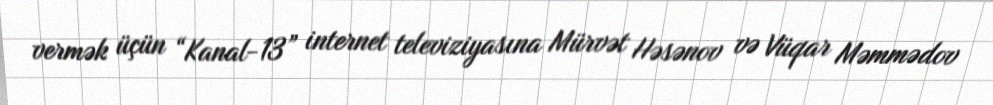
vermək üçün “Kanal-13” internet televiziyasına Mürvət Həsənov və Vüqar Məmmədov